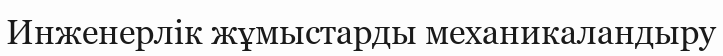
Инженерлік жұмыстарды механикаландыру